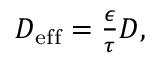
\begin{array} { r } { D _ { \mathrm { e f f } } = \frac { \epsilon } { \tau } D , } \end{array}